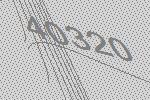
40320